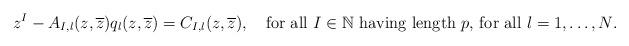
LaTeX: \begin{align*}z^{I}-A_{I,l}(z,\overline{z}) q_{l}(z,\overline{z})=C_{I,l}(z,\overline{z}),\quad\mbox{for all $I \in \mathbb{N}$ having length $p$, for all $l=1,\dots, N$.}\end{align*}